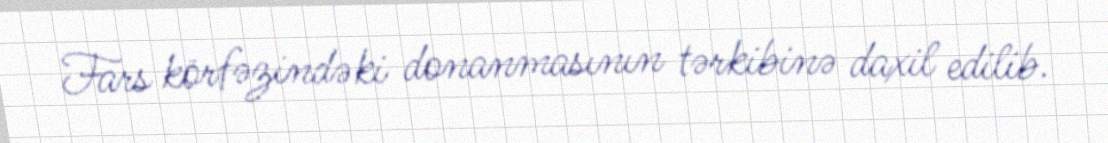
Fars körfəzindəki donanmasının tərkibinə daxil edilib.